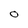
Character: O